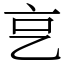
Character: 㐔